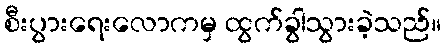
စီးပွားရေးလောကမှ ထွက်ခွါသွားခဲ့သည်။